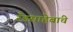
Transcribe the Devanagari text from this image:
रँडसाहेबांचे